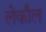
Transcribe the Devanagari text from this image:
लेकौल